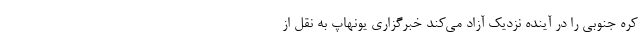
کره جنوبی را در آینده نزدیک آزاد می‌کند خبرگزاری یونهاپ به نقل از